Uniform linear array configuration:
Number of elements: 48
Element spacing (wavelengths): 0.75
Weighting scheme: exponential
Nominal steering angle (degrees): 0
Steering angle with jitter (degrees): -1.936
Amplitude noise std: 0.05
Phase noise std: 0.05

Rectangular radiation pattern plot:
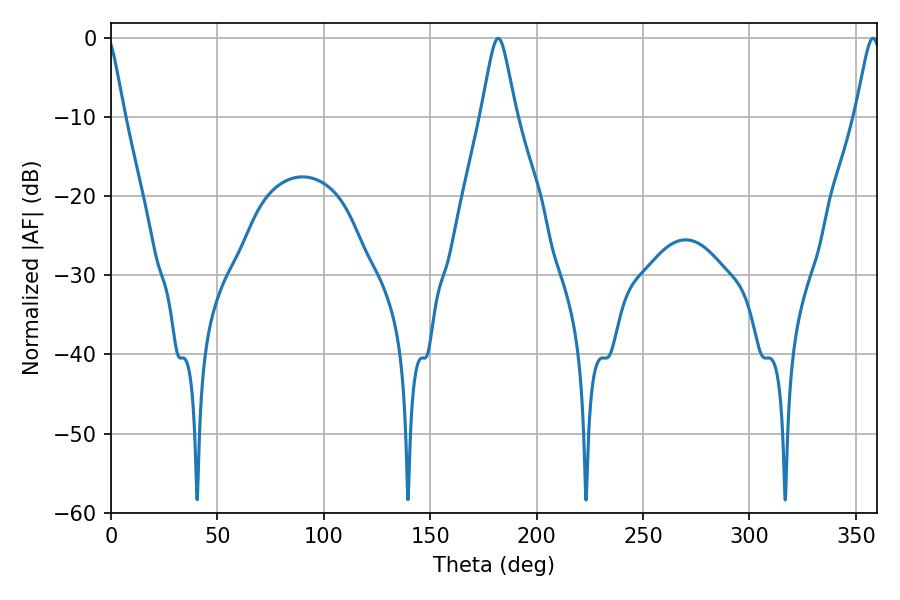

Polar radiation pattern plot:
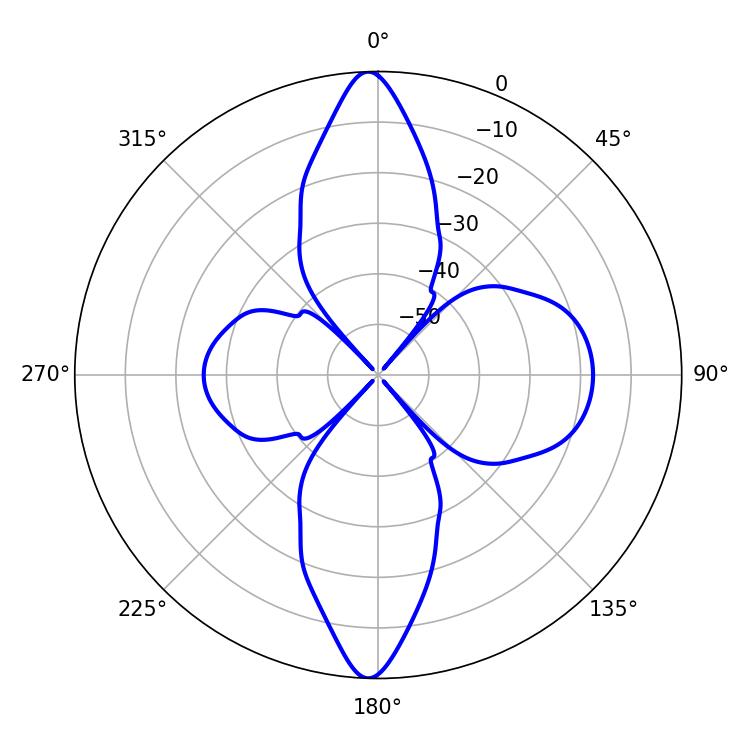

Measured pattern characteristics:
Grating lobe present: TRUE
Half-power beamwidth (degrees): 7.74
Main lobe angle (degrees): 181.98